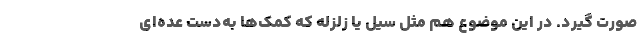
صورت گیرد. در این موضوع هم مثل سیل یا زلزله که کمک‌ها به‌دست عده‌ای